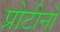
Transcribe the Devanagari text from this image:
प्रोटीनो